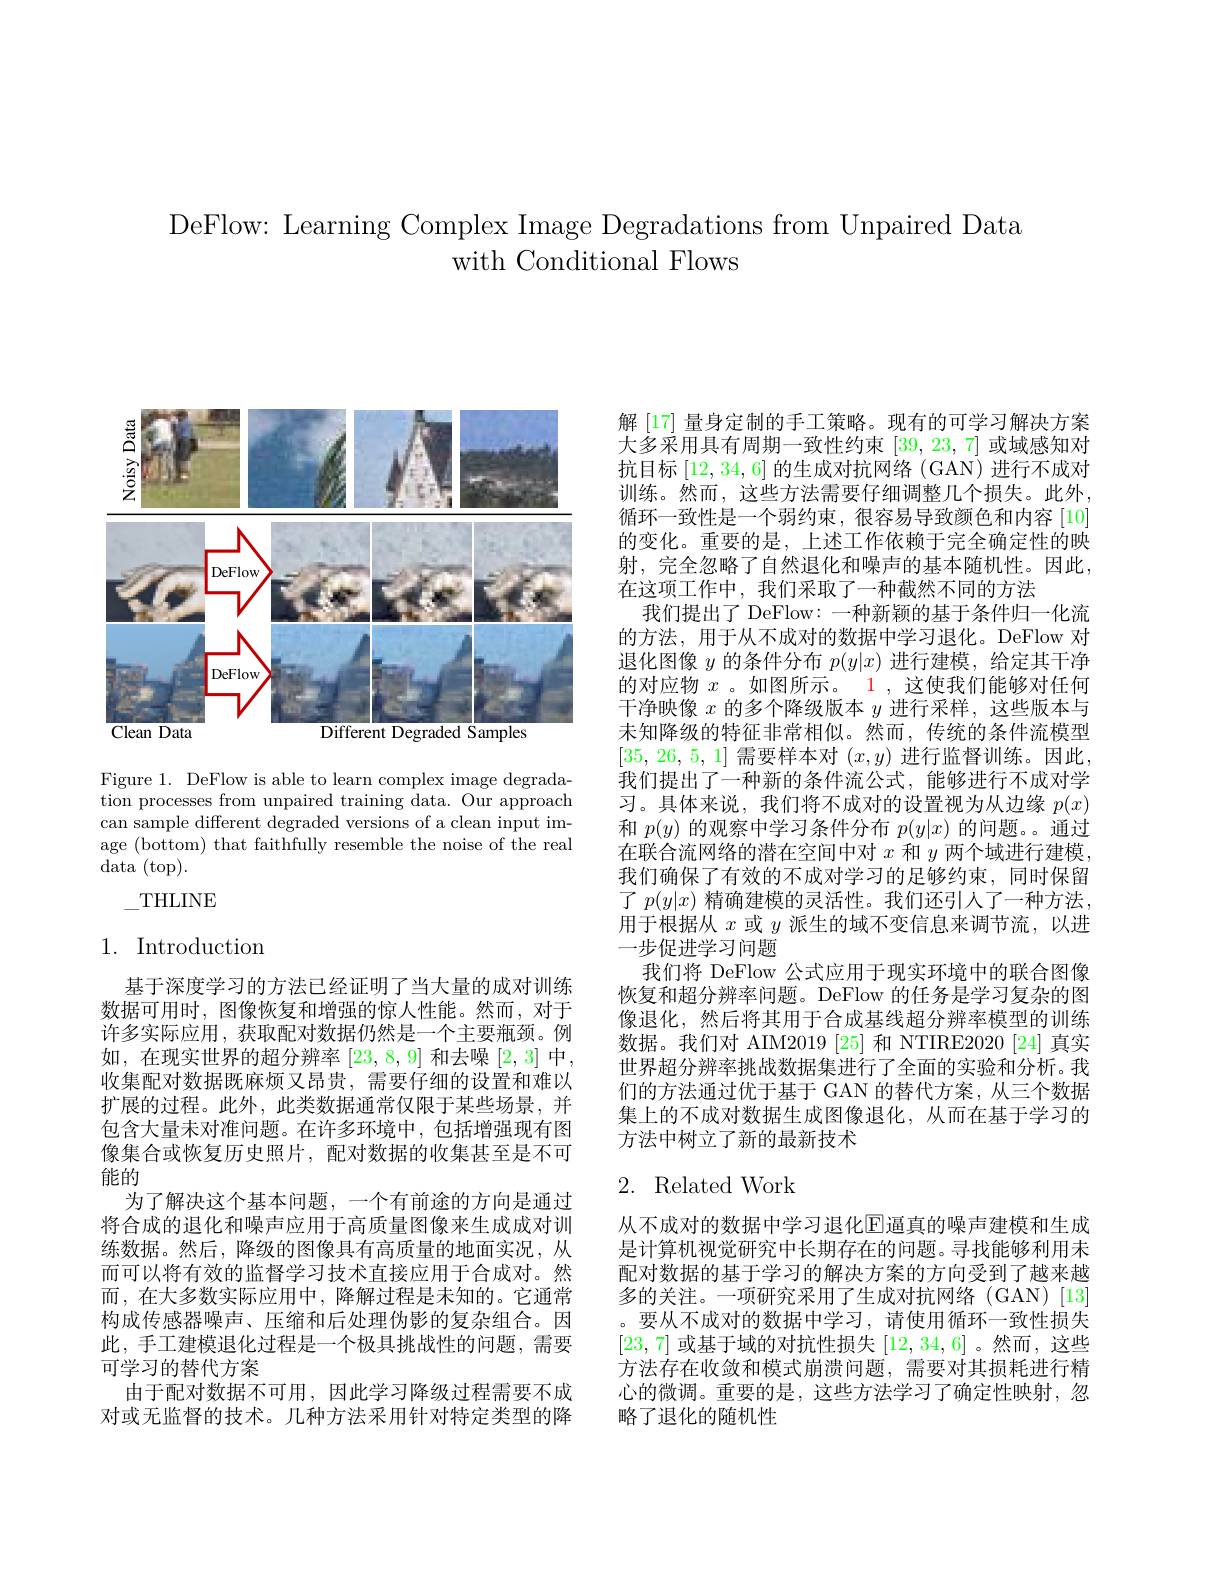
DeFlow: Learning Complex Image Degradations from Unpaired Data
with Conditional Flows

<FigureHere>

Figure 1. DeFlow is able to learn complex image degradation processes from unpaired training data. Our approach can sample different degraded versions of a clean input image (bottom) that faithfully resemble the noise of the real $\operatorname{data}\left(\operatorname{top}\right).$
THLINE

# 1. Introduction

基于深度学习的方法已经证明了当大量的成对训练数据可用时，图像恢复和增强的惊人性能。然而，对于许多实际应用，获取配对数据仍然是一个主要瓶颈。例如，在现实世界的超分辨率[23,8,9]和去噪[2,3]中， 收集配对数据既麻烦又昂贵，需要仔细的设置和难以扩展的过程。此外，此类数据通常仅限于某些场景，并包含大量未对准问题。在许多环境中，包括增强现有图像集合或恢复历史照片，配对数据的收集甚至是不可能的
为了解决这个基本问题，一个有前途的方向是通过将合成的退化和噪声应用于高质量图像来生成成对训练数据。然后，降级的图像具有高质量的地面实况，从而可以将有效的监督学习技术直接应用于合成对。然而，在大多数实际应用中，降解过程是未知的。它通常构成传感器噪声、压缩和后处理伪影的复杂组合。因此，手工建模退化过程是一个极具挑战性的问题，需要可学习的替代方案
由于配对数据不可用，因此学习降级过程需要不成对或无监督的技术。几种方法采用针对特定类型的降

解[17] 量身定制的手工策略。现有的可学习解决方案大多采用具有周期一致性约束[39,23,7]或域感知对抗目标[12,34,6]的生成对抗网络 (GAN)进行不成对训练。然而，这些方法需要仔细调整几个损失。此外， 循环一致性是一个弱约束，很容易导致颜色和内容[10] 的变化。重要的是，上述工作依赖于完全确定性的映射，完全忽略了自然退化和噪声的基本随机性。因此， 在这项工作中，我们采取了一种截然不同的方法
我们提出了 DeFlow: 一种新颖的基于条件归一化流的方法，用于从不成对的数据中学习退化。DeFlow 对退化图像$y$的条件分布$p(y|x)$进行建模，给定其干净的对应物$x$ 。如图所示。1 ,这使我们能够对任何干净映像$x$的多个降级版本$y$进行采样，这些版本与未知降级的特征非常相似。然而，传统的条件流模型[35,26,5,1]需要样本对$(x,y)$进行监督训练。因此， 我们提出了一种新的条件流公式，能够进行不成对学习。具体来说，我们将不成对的设置视为从边缘$p(x)$ 和$p(y)$的观察中学习条件分布$p(y|x)$的问题。。通过在联合流网络的潜在空间中对$x$和$y$两个域进行建模， 我们确保了有效的不成对学习的足够约束，同时保留了$p(y|x)$精确建模的灵活性。我们还引人了一种方法， 用于根据从$x$或$y$派生的域不变信息来调节流，以进一步促进学习问题
我们将 DeFlow 公式应用于现实环境中的联合图像恢复和超分辨率问题。DeFlow 的任务是学习复杂的图像退化，然后将其用于合成基线超分辨率模型的训练数据。我们对 AIM2019 [25] 和 NTIRE2020 [24] 真实世界超分辨率挑战数据集进行了全面的实验和分析。我们的方法通过优于基于 GAN 的替代方案，从三个数据集上的不成对数据生成图像退化，从而在基于学习的方法中树立了新的最新技术

## 2. Related Work

从不成对的数据中学习退化$\mathbb{E}$逼真的噪声建模和生成是计算机视觉研究中长期存在的问题。寻找能够利用未配对数据的基于学习的解决方案的方向受到了越来越多的关注。一项研究采用了生成对抗网络(GAN)[13] 。要从不成对的数据中学习、请使用循环一致性损失[23,7]或基于域的对抗性损失[12,34,6] 。然而，这些方法存在收敛和模式崩溃问题，需要对其损耗进行精心的微调。重要的是，这些方法学习了确定性映射，忽略了退化的随机性